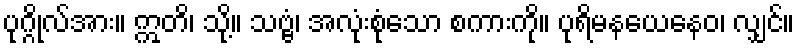
ပုဂ္ဂိုလ်အား။ ဣတိ၊ သို့။ သဗ္ဗံ၊ အလုံးစုံသော စကားကို။ ပုရိမနယေနေဝ၊ လျှင်။